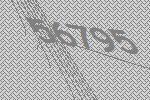
56795